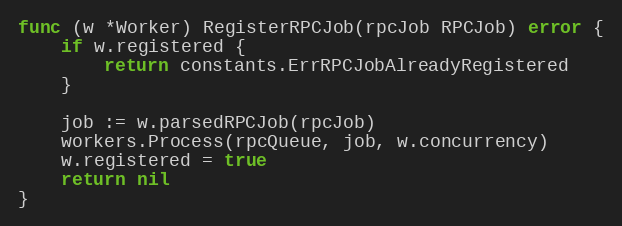
Language: Go
func (w *Worker) RegisterRPCJob(rpcJob RPCJob) error {
	if w.registered {
		return constants.ErrRPCJobAlreadyRegistered
	}

	job := w.parsedRPCJob(rpcJob)
	workers.Process(rpcQueue, job, w.concurrency)
	w.registered = true
	return nil
}